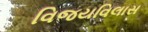
વિજયવિલાસ